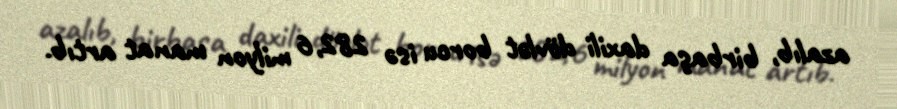
azalıb, birbaşa daxili dövlət borcu isə 282,6 milyon manat artıb.